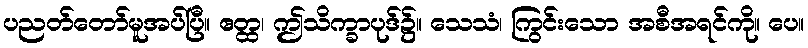
ပညတ်တော်မူအပ်ပြီ။ ဧတ္ထ၊ ဤသိက္ခာပုဒ်၌။ သေသံ၊ ကြွင်းသော အစီအရင်ကို။ ပေ။